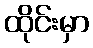
ထိုင်းမှာ